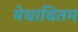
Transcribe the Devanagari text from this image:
मेधावितम